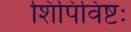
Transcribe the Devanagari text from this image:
शिपिविष्टः